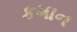
કમાન